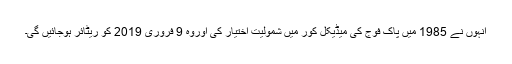
انہوں نے 1985 میں پاک فوج کی میڈیکل کور میں شمولیت اختیار کی اوروہ 9 فروری 2019 کو ریٹائر ہوجائیں گی۔